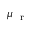
\mu _ { \mathrm { ~ \scriptsize ~ r ~ } }